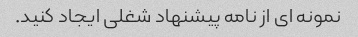
نمونه ای از نامه پیشنهاد شغلی ایجاد کنید.